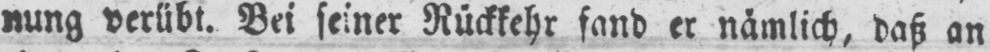
nung verübt. Bei seiner Rückkehr fand er nämlich, daß an